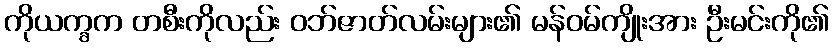
ကိုယက္ခက တစီးကိုလည်း ဝဘ်ဇာတ်လမ်းများ၏ မန်ဝမ်ကျိုးအား ဦးမင်းကို၏